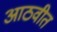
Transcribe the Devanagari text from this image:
आठवीत